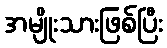
အမျိုးသားဖြစ်ပြီး